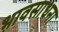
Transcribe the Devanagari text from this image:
भावसाधना